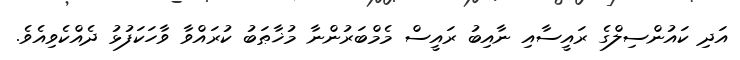
އަދި ކައުންސިލްގެ ރައީސާއި ނާއިބު ރައީސް މެމްބަރުންނާ މުޚާޠަބު ކުރައްވާ ވާހަކަފުޅު ދެއްކެވިއެވެ.